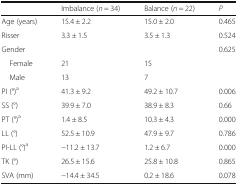
|  | Imbalance (n = 34) | Balance (n = 22) | P |
 | --- | --- | --- | --- |
 | Age (years) | 15.4 ± 2.2 | 15.0 ± 2.0 | 0.465 |
 | Risser | 3.3 ± 1.5 | 3.5 ± 1.3 | 0.524 |
 | Gender |  |  | 0.625 |
 | Female | 21 | 15 |  |
 | Male | 13 | 7 |  |
 | PI (°)a | 41.3 ± 9.2 | 49.2 ± 10.7 | 0.006 |
 | SS (°) | 39.9 ± 7.0 | 38.9 ± 8.3 | 0.66 |
 | PT (°)a | 1.4 ± 8.5 | 10.3 ± 4.3 | 0.000 |
 | LL (°) | 52.5 ± 10.9 | 47.9 ± 9.7 | 0.786 |
 | PI-LL (°)a | −11.2 ± 13.7 | 1.2 ± 6.7 | 0.000 |
 | TK (°) | 26.5 ± 15.6 | 25.8 ± 10.8 | 0.865 |
 | SVA (mm) | −14.4 ± 34.5 | 0.2 ± 18.6 | 0.078 |